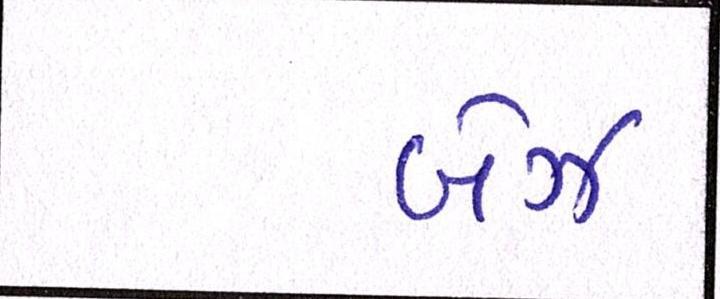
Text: બેઝ